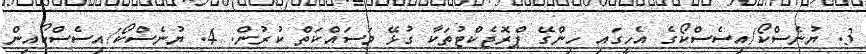
3. ޔުނެސްކޯ/އިސެސްކޯގެ އެހީގައި ހިންގޭ ޕްރޮޖެކްޓުތަކާ ގުޅޭ މަސައްކަތް ކުރުން. 4. ޔުނެސްކޯ/އިސެސްކޯއިން